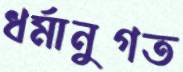
ধর্মানুগত